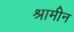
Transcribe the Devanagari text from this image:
श्रामीन